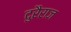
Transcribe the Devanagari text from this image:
दुरैराज